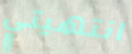
انتهيتي